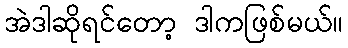
အဲဒါဆိုရင်တော့ ဒါကဖြစ်မယ်။